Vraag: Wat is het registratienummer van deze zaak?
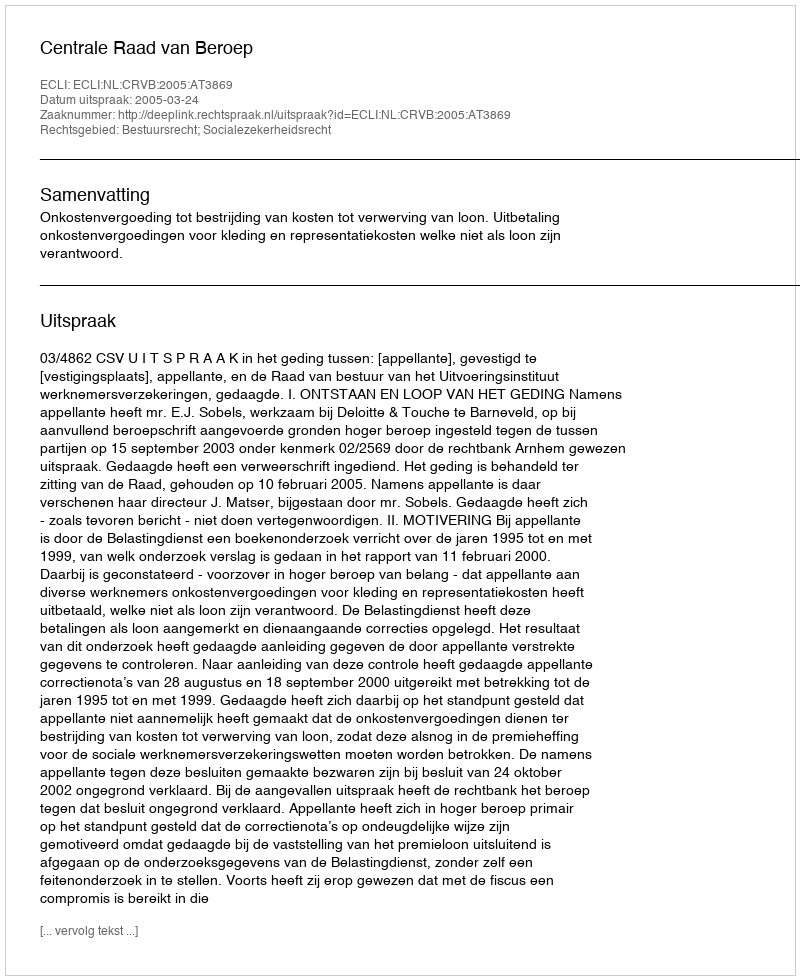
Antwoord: http://deeplink.rechtspraak.nl/uitspraak?id=ECLI:NL:CRVB:2005:AT3869